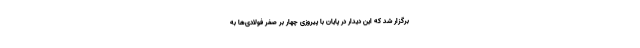
برگزار شد که این دیدار در پایان با پیروزی چهار بر صفر فولادی‌ها به